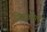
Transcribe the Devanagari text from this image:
ड्रिसकोल